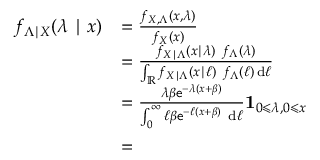
\begin{array} { r l } { f _ { \Lambda \mid X } ( \lambda \mid x ) } & { = \frac { f _ { X , \Lambda } ( x , \lambda ) } { f _ { X } ( x ) } } \\ & { = \frac { f _ { X \mid \Lambda } ( x \mid \lambda ) ~ f _ { \Lambda } ( \lambda ) } { \int _ { \mathbb R } f _ { X \mid \Lambda } ( x \mid \ell ) ~ f _ { \Lambda } ( \ell ) \, \mathrm d \ell } } \\ & { = \frac { \lambda \beta \mathsf e ^ { - \lambda ( x + \beta ) } } { \int _ { 0 } ^ { \infty } \ell \beta \mathsf e ^ { - \ell ( x + \beta ) } ~ \mathrm d \ell } \mathbf 1 _ { 0 \leqslant \lambda , 0 \leqslant x } } \\ & { = \phantom { \frac { ( x + \beta ) ^ { 2 } \lambda \beta \mathsf e ^ { - \lambda ( x + \beta ) } } { \beta } \mathbf 1 _ { 0 \leqslant \lambda , 0 \leqslant x } } } \end{array}